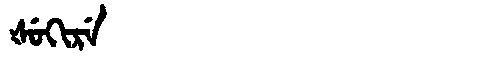
Manchu: ᡧᡠᡴᡳᡵᡝ
Romanization: ŠUKIRE